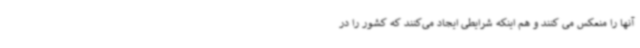
آنها را منعکس می کنند و هم اینکه شرایطی ایجاد می‌کنند که کشور را در